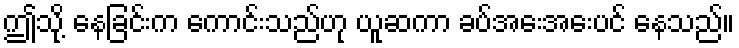
ဤသို့ နေခြင်းက ကောင်းသည်ဟု ယူဆကာ ခပ်အေးအေးပင် နေသည်။